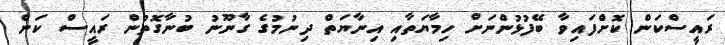
ރައީސްކަން ކޮށްފައިވާ ބޭފުޅުންނަށް ހިމާޔަތާއި އިނާޔަތް ދިނުމުގެ ގާނޫނު ބުނާގޮތުން ރައީސް ކަން